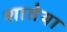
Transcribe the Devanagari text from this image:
शातेया